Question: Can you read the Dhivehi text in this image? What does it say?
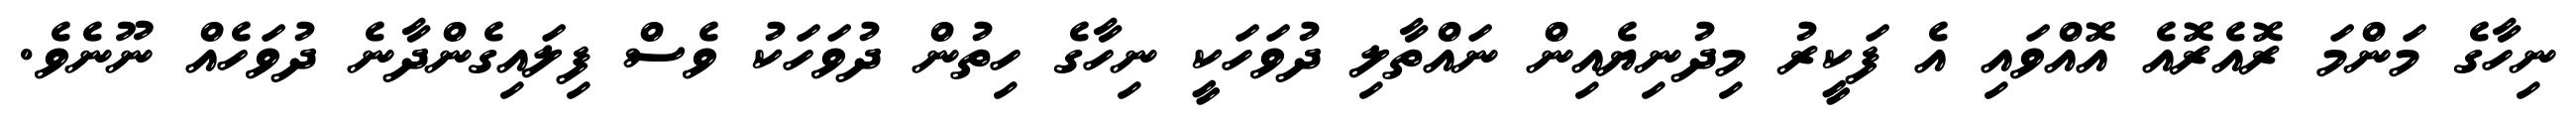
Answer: ނިހާގެ މަންމަ ރޮއެރޮއެ އޮއްވައި އެ ފަކީރު މިދުނިޔެއިން ނައްތާލި ދުވަހަކީ ނިހާގެ ހިތުން ދުވަހަކު ވެސް ފިލައިގެންދާނެ ދުވަހެއް ނޫނެވެ.